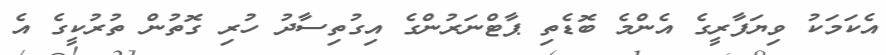
އެކަމަކު ވިޔަފާރީގެ އެންމެ ބޮޑެތި ޕާޓްނަރުންގެ އިގުތިސާދު ހުރި ގޮތުން ތުރުކީގެ އެ